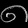
Digit: ၈